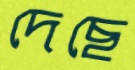
দেছে